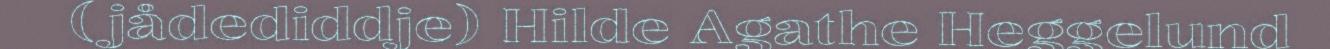
(jådediddje) Hilde Agathe Heggelund